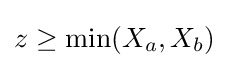
z\geq \min(X_{a},X_{b})